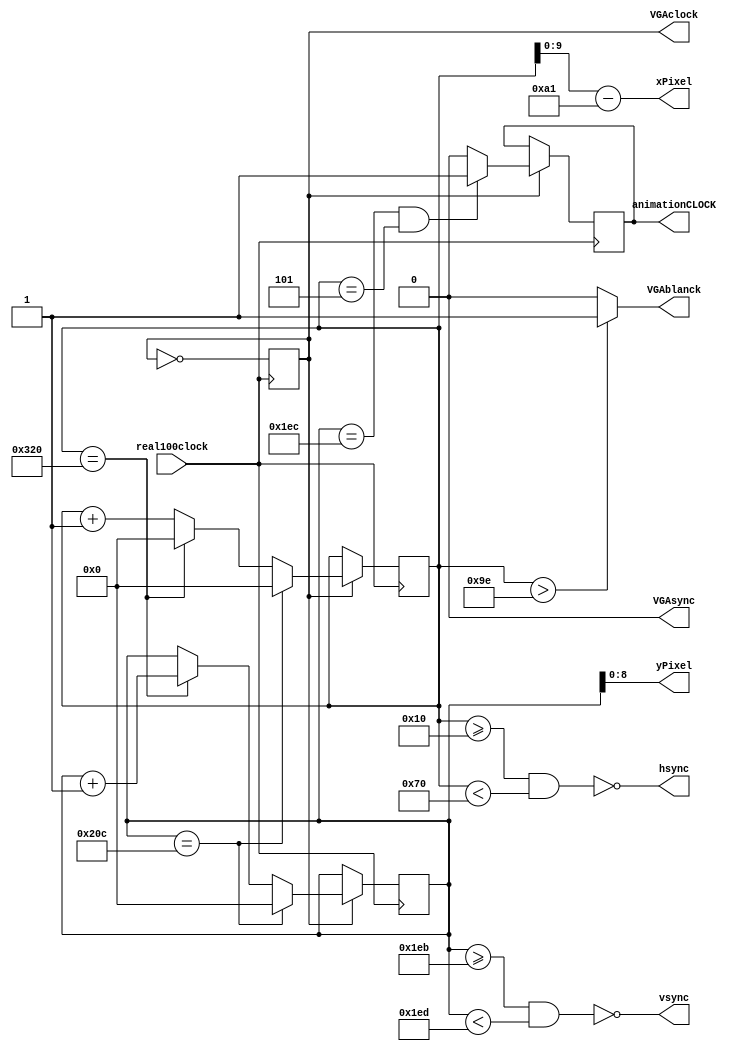
/////////////////////////////////////////////////////////////////////////////////////
//																											  //
//			Base VGA driver. Framebuffer not inlcuded yet. But will be (Hopefully)    //
//			Please assign all the inputs and outputs before asking for HELP.          //
//			You can have a look at the pin assignments in our example project.         //
//			To properly use this driver, you should use the PowerPoint2Complier       //
//				to design your UI.                                                     //
//---------------------------------------------------------------------------------//
//			Don't ever bother asking for help. (We are VERYY mean) (Just kidding)     //
//			You can mail us if you have any questions (cabrera@miamioh.edu) 			  //
//			or ask as in a lab				 														  //			
//																											  //
/////////////////////////////////////////////////////////////////////////////////////

	module VGADriver(real100clock,hsync,vsync,VGAclock,VGAblanck,VGAsync,xPixel,yPixel,animationCLOCK);


input real100clock;
output VGAsync;
output VGAblanck;
output VGAclock;

reg [10:0]xPos;
reg [10:0]yPos;

output [9:0]xPixel;
assign xPixel=xPos-161;
output [8:0]yPixel;
assign yPixel=yPos;

output hsync,vsync;

output animationCLOCK;
reg animationCLOCK;

reg downClock;

reg [28:0] scaler;

//Timings from https://timetoexplore.net/blog/video-timings-vga-720p-1080p
 localparam hSyncS = 16;              // hSync start
 localparam hSyncE = 16 + 96;         // hSync end
 localparam vSyncS = 480 + 11;        // vSync start
 localparam vSyncE = 480 + 11 + 2;    // vSync end
 localparam width   = 800;             
 localparam height = 524;             
 
 assign VGAsync=1'b0;
 
 
assign hsync = !((xPos >= hSyncS) & (xPos < hSyncE));
assign vsync = !((yPos >= vSyncS) & (yPos < vSyncE));
assign VGAblanck = ((xPos>12'd158)) ? 1'b1 : 1'b0;
 
assign VGAclock=downClock; 

always @ (posedge real100clock)
begin
	downClock<=!downClock;
		
	if(downClock==1'b1)
	begin
		if(xPos==width)
		begin
			xPos<=0;
			yPos<=yPos+1;
		end
		else
		begin
			xPos<=xPos+1;
		end
		
		if(yPos==height)
		begin
			yPos<=0;
			xPos<=0;
		end
		
		

		
		if(yPos== (480 + 12) && xPos== 5)
		begin
			animationCLOCK=1'b1;
		end
		else
		begin
			animationCLOCK=1'b0;
		end

	end
	
	

end

endmodule